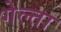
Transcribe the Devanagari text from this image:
गेल्ता